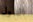
الدول